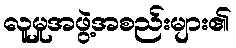
လူမှုအဖွဲ့အစည်းများ၏